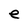
Character: e